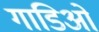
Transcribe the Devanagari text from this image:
गाडिओं